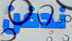
ندفن